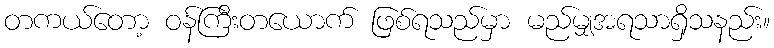
တကယ်တော့ ဝန်ကြီးတယောက် ဖြစ်ရသည်မှာ မည်မျှအရသာရှိသနည်း။